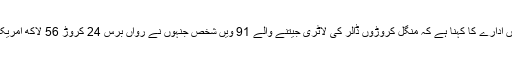
امریکی خبر رساں ادارے کا کہنا ہے کہ منگل کروڑوں ڈالر کی لاٹری جیتنے والے 91 ویں شخص جنہوں نے رواں برس 24 کروڑ 56 لاکھ امریکی ڈالر جیتے ہیں۔